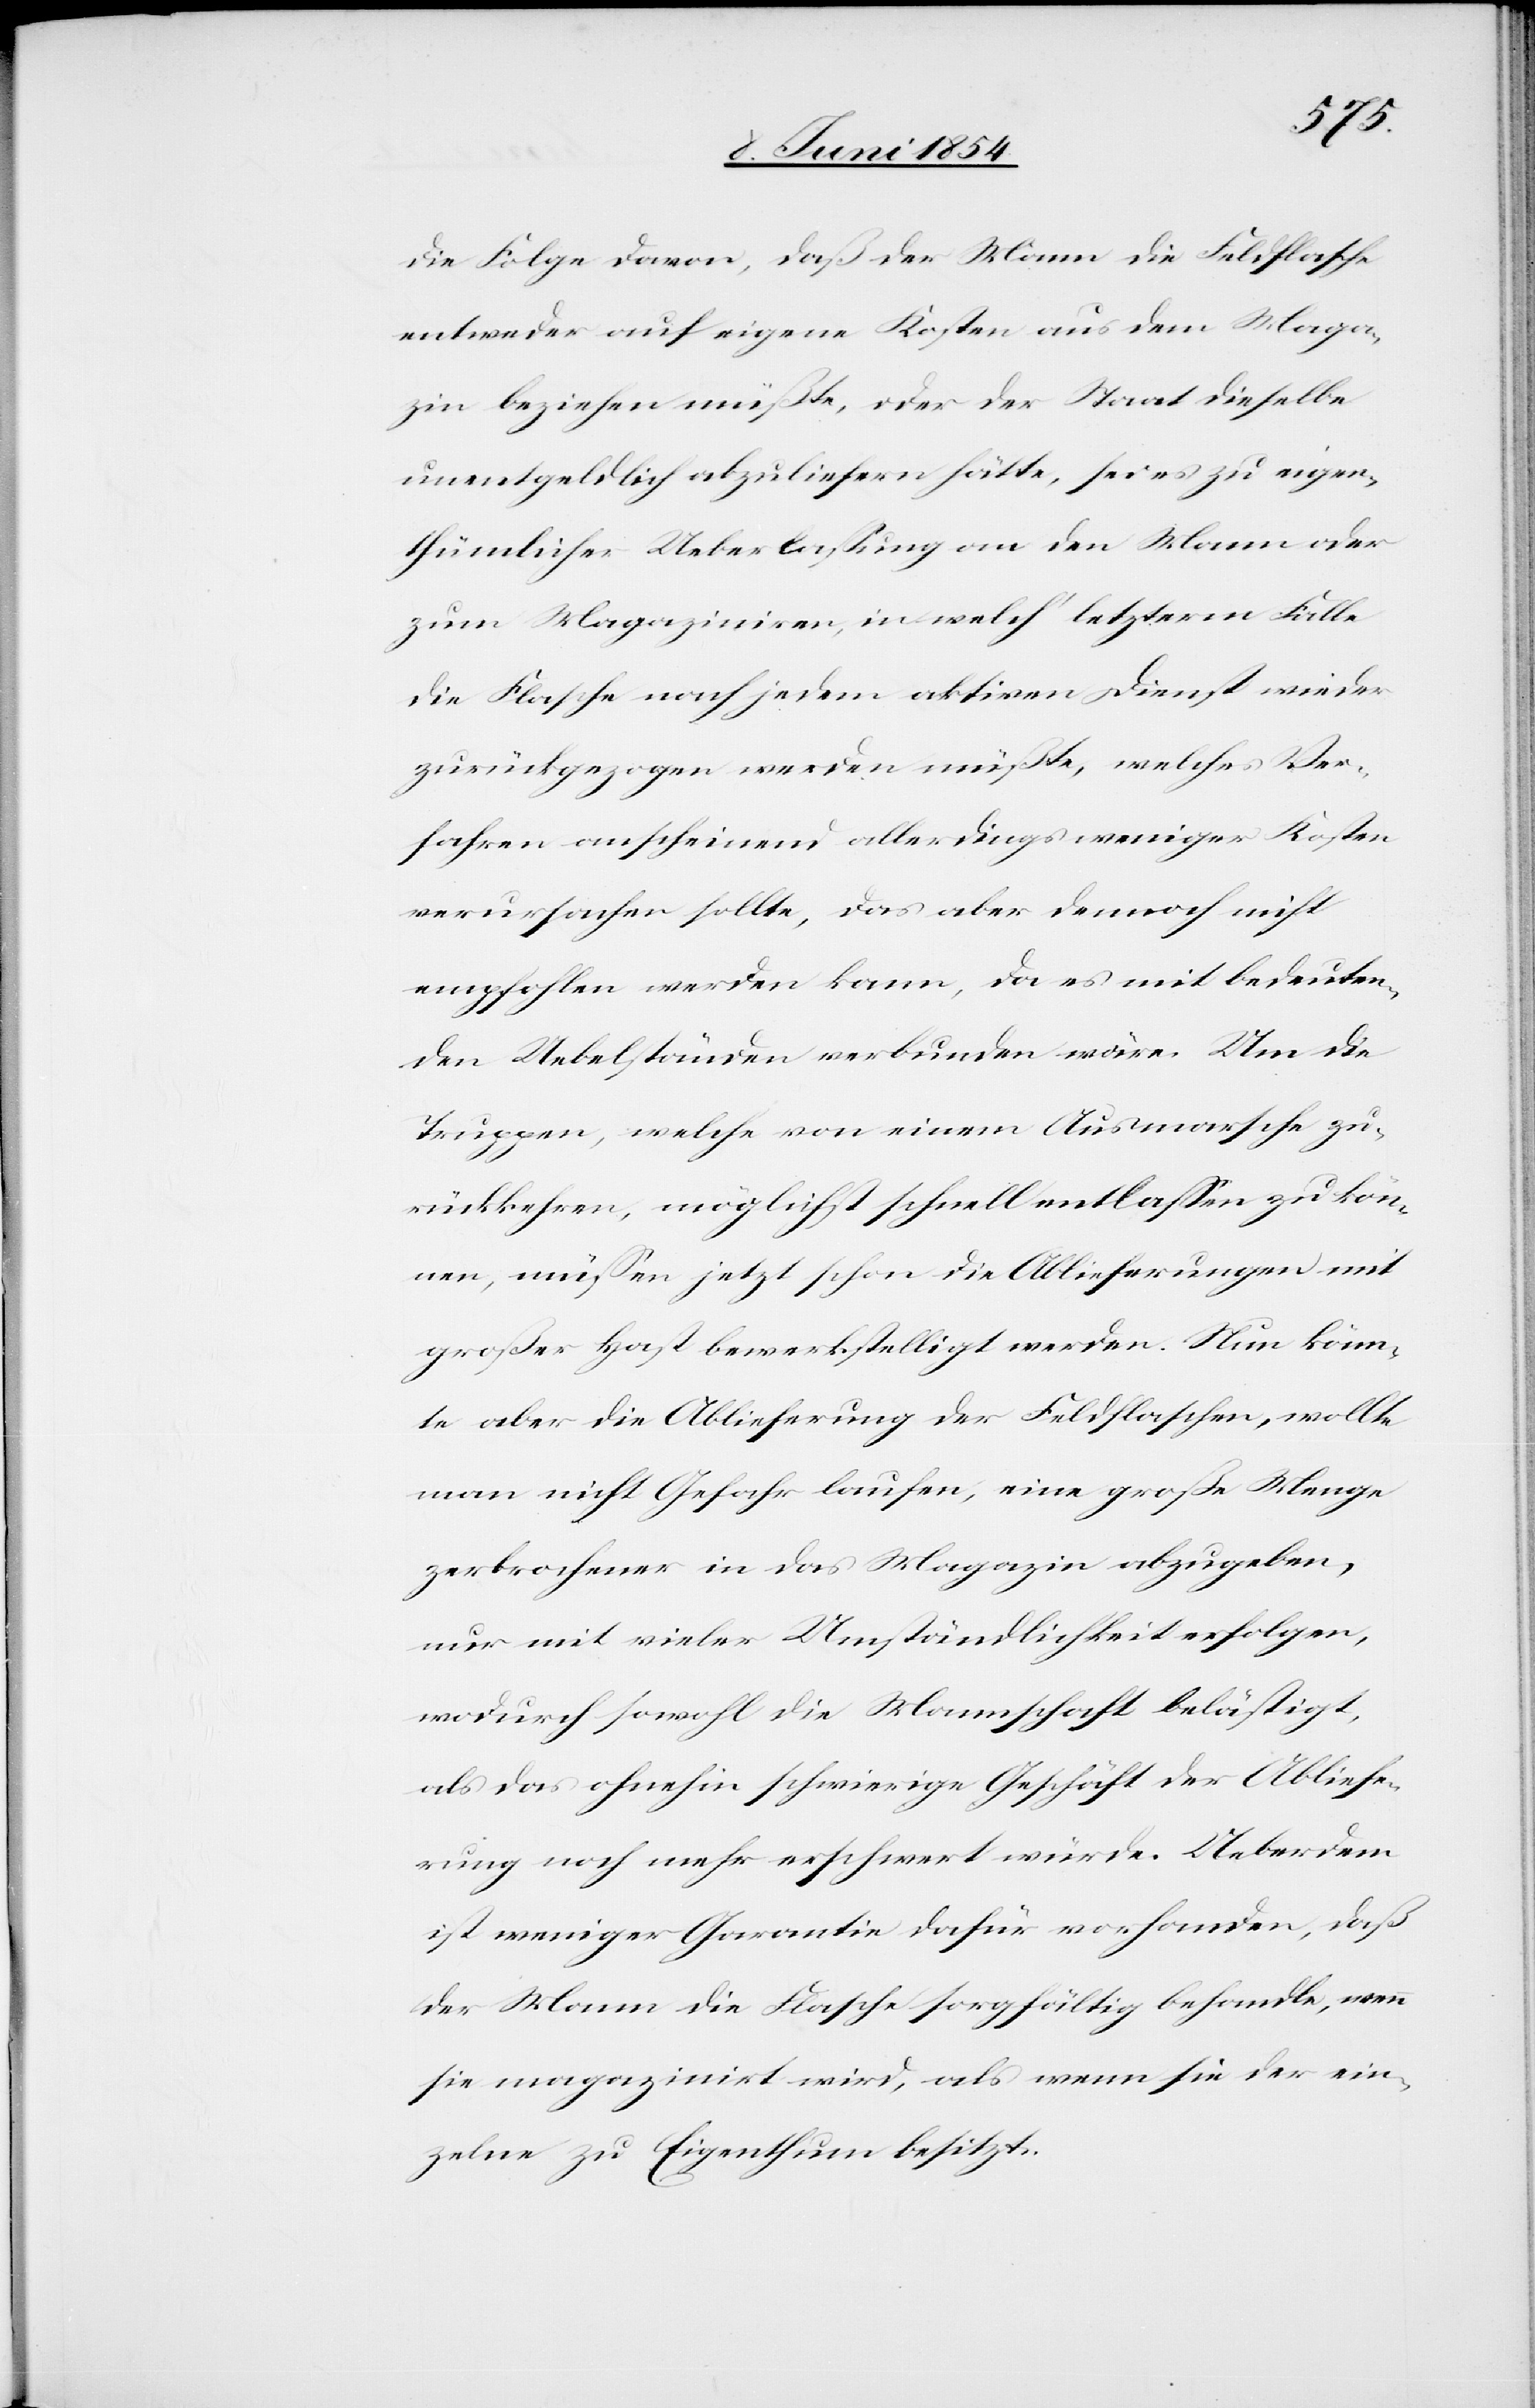
die Folge davon, daß der Mann die Feldflasche
entweder auf eigene Kosten aus dem Maga¬
zin beziehen müßte, oder der Staat dieselbe
unentgeldlich abzuliefern hätte, sei es zu eigen¬
thümlicher Ueberlaßung an den Mann oder
zum Magaziniren, in welch‘ letzterm Falle
die Flasche nach jedem aktiven Dienst wieder
zurückgezogen werden müßte, welches Ver¬
fahren anscheinend allerdings weniger Kosten
verursachen sollte, das aber dennoch nicht
empfohlen werden kann, da es mit bedeuten¬
den Uebelständen verbunden wäre. Um die
Truppen, welche von einem Ausmarsche zu¬
rückkehren, möglichst schnell entlaßen zu kön¬
nen, müßen jetzt schon die Ablieferungen mit
großer Hast bewerkstelligt werden. Nun könn¬
te aber die Ablieferung der Feldflaschen, wollte
man nicht Gefahr laufen eine große Menge
zerbrochener in das Magazin abzugeben,
nur mit vieler Umständlichkeit erfolgen,
wodurch sowohl die Mannschaft belästigt,
als das ohnehin schwierige Geschäft der Abliefe¬
rung noch mehr erschwert würde. Ueberdem
ist weniger Garantie dafür vorhanden, daß
der Mann die Flasche sorgfältig behandle, wenn
sie magazinirt wird, als wenn sie der ein¬
zelne zu Eigenthum besitzt.